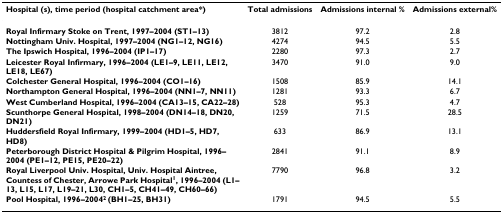
<table><thead><tr><td><b>Hospital (s), time period (hospital catchment area*)</b></td><td><b>Total admissions</b></td><td><b>Admissions internal %</b></td><td><b>Admissions external%</b></td></tr></thead><tbody><tr><td><b>Royal Infirmary Stoke on Trent, 1997–2004 (ST1–13)</b></td><td>3812</td><td>97.2</td><td>2.8</td></tr><tr><td><b>Nottingham Univ. Hospital, 1997–2004 (NG1–12, NG16)</b></td><td>4274</td><td>94.5</td><td>5.5</td></tr><tr><td><b>The Ipswich Hospital, 1996–2004 (IP1–17)</b></td><td>2280</td><td>97.3</td><td>2.7</td></tr><tr><td><b>Leicester Royal Infirmary, 1996–2004 (LE1–9, LE11, LE12, LE18, LE67)</b></td><td>3470</td><td>91.0</td><td>9.0</td></tr><tr><td><b>Colchester General Hospital, 1996–2004 (CO1–16)</b></td><td>1508</td><td>85.9</td><td>14.1</td></tr><tr><td><b>Northampton General Hospital, 1996–2004 (NN1–7, NN11)</b></td><td>1281</td><td>93.3</td><td>6.7</td></tr><tr><td><b>West Cumberland Hospital, 1996–2004 (CA13–15, CA22–28)</b></td><td>528</td><td>95.3</td><td>4.7</td></tr><tr><td><b>Scunthorpe General Hospital, 1998–2004 (DN14–18, DN20, DN21)</b></td><td>1259</td><td>71.5</td><td>28.5</td></tr><tr><td><b>Huddersfield Royal Infirmary, 1999–2004 (HD1–5, HD7, HD8)</b></td><td>633</td><td>86.9</td><td>13.1</td></tr><tr><td><b>Peterborough District Hospital &amp; Pilgrim Hospital, 1996–2004 (PE1–12, PE15, PE20–22)</b></td><td>2841</td><td>91.1</td><td>8.9</td></tr><tr><td><b>Royal Liverpool Univ. Hospital, Univ. Hospital Aintree, Countess of Chester, Arrowe Park Hospital<sup>1</sup>, 1996–2004 (L1–13, L15, L17, L19–21, L30, CH1–5, CH41–49, CH60–66)</b></td><td>7790</td><td>96.8</td><td>3.2</td></tr><tr><td><b>Pool Hospital, 1996–2004<sup>2 </sup>(BH1–25, BH31)</b></td><td>1791</td><td>94.5</td><td>5.5</td></tr></tbody></table>